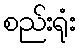
စည်းရုံး